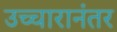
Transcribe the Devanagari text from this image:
उच्चारानंतर